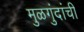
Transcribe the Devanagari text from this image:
मुळगुंदांची